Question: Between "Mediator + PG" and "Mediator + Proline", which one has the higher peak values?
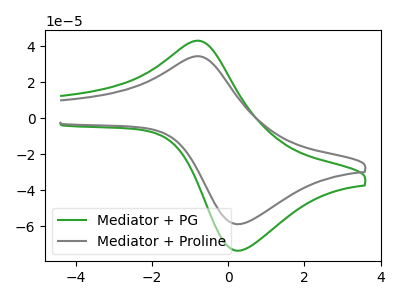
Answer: <think>The green curve "Mediator + PG" has an anodic peak at (-0.85V, 42.90uA) and a cathodic peak at (0.30V, -73.40uA). The gray curve "Mediator + Proline" has an anodic peak at (-0.85V, 34.30uA) and a cathodic peak at (0.30V, -58.70uA).</think>
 <answer>Every peak in "Mediator + PG" is higher than every peak in "Mediator + Proline".</answer>
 <eval>higher</eval>